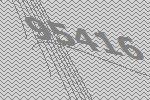
95416